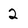
Character: 2